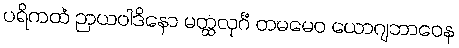
ပရိကထံ ဉာယဝါဒိနော မတ္ထလုင်္ဂံ တမမေဝ ယောဂျဘာဝေန